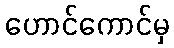
ဟောင်ကောင်မှ